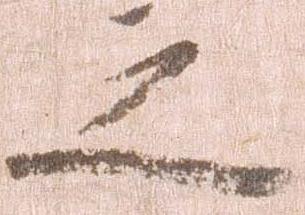
之